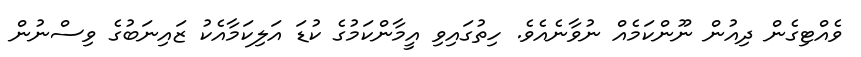
ވެއްޓިގެން ދިއުން ނޫންކަމެއް ނުވާނެއެވެ. ހިތުގައިވި އީމާންކަމުގެ ކުޑަ އަލިކަމާއެކު ޒައިނަބުގެ ވިސްނުން